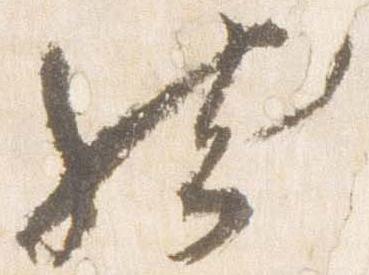
然